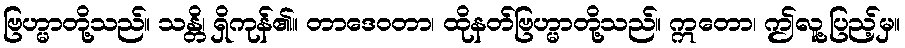
ဗြဟ္မာတို့သည်။ သန္တိ၊ ရှိကုန်၏။ တာဒေဝတာ၊ ထိုနတ်ဗြဟ္မာတို့သည်။ ဣတော၊ ဤလူ့ပြည့်မှ။